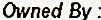
OWNED BY :